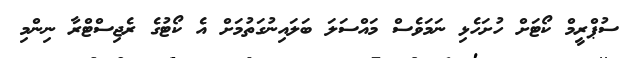
ސުޕްރީމް ކޯޓަށް ހުށަހެޅި ނަމަވެސް މައްސަލަ ބަލައިނުގަތުމަށް އެ ކޯޓުގެ ރެޖިސްޓްރާ ނިންމި